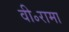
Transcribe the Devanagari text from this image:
वी॰रामा